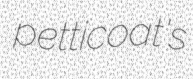
petticoat's